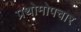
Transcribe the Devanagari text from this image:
प्रथोमोपचार